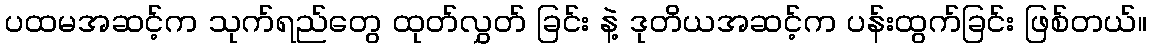
ပထမအဆင့်က သုက်ရည်တွေ ထုတ်လွှတ် ခြင်း နဲ့ ဒုတိယအဆင့်က ပန်းထွက်ခြင်း ဖြစ်တယ်။